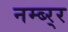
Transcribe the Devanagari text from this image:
नम्ब्र्‍र